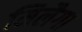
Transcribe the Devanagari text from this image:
मिलैगा